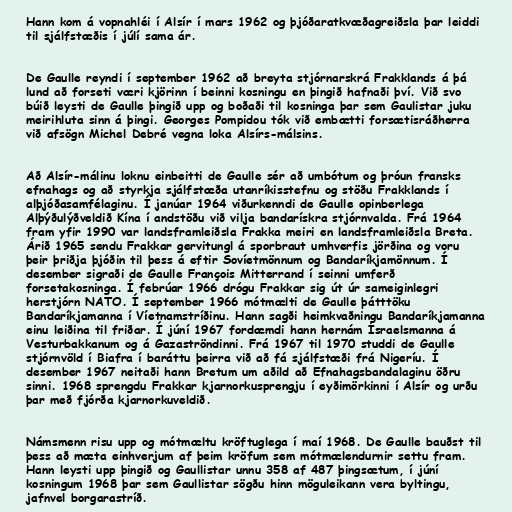
Hann kom á vopnahléi í Alsír í mars 1962 og þjóðaratkvæðagreiðsla þar leiddi
til sjálfstæðis í júlí sama ár.

De Gaulle reyndi í september 1962 að breyta stjórnarskrá Frakklands á þá
lund að forseti væri kjörinn í beinni kosningu en þingið hafnaði því. Við svo
búið leysti de Gaulle þingið upp og boðaði til kosninga þar sem Gaulistar juku
meirihluta sinn á þingi. Georges Pompidou tók við embætti forsætisráðherra
við afsögn Michel Debré vegna loka Alsírs-málsins.

Að Alsír-málinu loknu einbeitti de Gaulle sér að umbótum og þróun fransks
efnahags og að styrkja sjálfstæða utanríkisstefnu og stöðu Frakklands í
alþjóðasamfélaginu. Í janúar 1964 viðurkenndi de Gaulle opinberlega
Alþýðulýðveldið Kína í andstöðu við vilja bandarískra stjórnvalda. Frá 1964
fram yfir 1990 var landsframleiðsla Frakka meiri en landsframleiðsla Breta.
Árið 1965 sendu Frakkar gervitungl á sporbraut umhverfis jörðina og voru
þeir þriðja þjóðin til þess á eftir Sovíetmönnum og Bandaríkjamönnum. Í
desember sigraði de Gaulle François Mitterrand í seinni umferð
forsetakosninga. Í febrúar 1966 drógu Frakkar sig út úr sameiginlegri
herstjórn NATO. Í september 1966 mótmælti de Gaulle þátttöku
Bandaríkjamanna í Víetnamstríðinu. Hann sagði heimkvaðningu Bandaríkjamanna
einu leiðina til friðar. Í júní 1967 fordæmdi hann hernám Ísraelsmanna á
Vesturbakkanum og á Gazaströndinni. Frá 1967 til 1970 studdi de Gaulle
stjórnvöld í Biafra í baráttu þeirra við að fá sjálfstæði frá Nigeríu. Í
desember 1967 neitaði hann Bretum um aðild að Efnahagsbandalaginu öðru
sinni. 1968 sprengdu Frakkar kjarnorkusprengju í eyðimörkinni í Alsír og urðu
þar með fjórða kjarnorkuveldið.

Námsmenn risu upp og mótmæltu kröftuglega í maí 1968. De Gaulle bauðst til
þess að mæta einhverjum af þeim kröfum sem mótmælendurnir settu fram.
Hann leysti upp þingið og Gaullistar unnu 358 af 487 þingsætum, í júní
kosningum 1968 þar sem Gaullistar sögðu hinn möguleikann vera byltingu,
jafnvel borgarastríð.